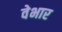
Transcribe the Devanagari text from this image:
वेभार